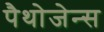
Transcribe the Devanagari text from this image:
पैथोजेन्स